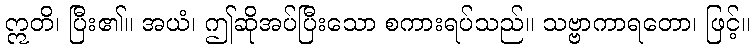
ဣတိ၊ ပြီး၏။ အယံ၊ ဤဆိုအပ်ပြီးသော စကားရပ်သည်။ သဗ္ဗာကာရတော၊ ဖြင့်။